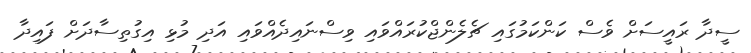
ސީދާ ރައީސަށް ވެސް ކަންކަމުގައި ޗެލެންޖްކުރައްވައި ވިސްނައިދެއްވައި އަދި މުޅި އިގުތިސާދަށް ފައިދާ